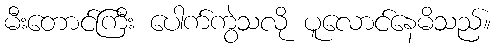
မီးတောင်ကြီး ပေါက်ကွဲသလို ပူလောင်နေမိသည်။